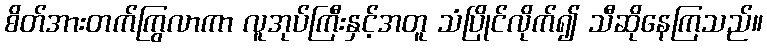
စိတ်အားတက်ကြွလာကာ လူအုပ်ကြီးနှင့်အတူ သံပြိုင်လိုက်၍ သီဆိုနေကြသည်။